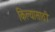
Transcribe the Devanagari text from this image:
किल्यासाठी